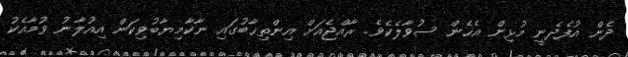
ދެން އުފެދެނީ މުޅިން އެހެން ސުވާލެކެވެ. ރާއްޖެއަށް އިންތިޚާބުގައި ނާކާމިޔާބުވިކަން އިއުލާނު ވުމާއެކު